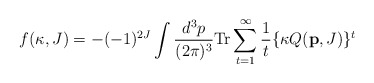
\begin{align*}f(\kappa, J)= -(-1)^{2J} \int \frac{d^3 p}{(2 \pi)^3}{\rm Tr} \sum _{t=1} ^{\infty}\frac{1}{t} \{ \kappa Q({\bf p}, J) \} ^t\end{align*}